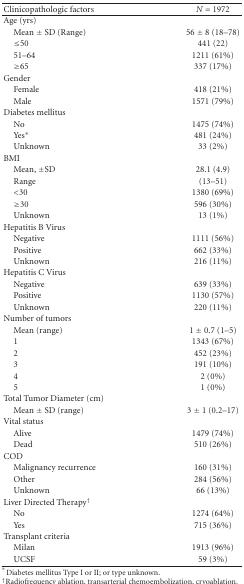
<table><thead><tr><td><b>Clinicopathologic factors</b></td><td><b><i>N</i> = 1972</b></td></tr></thead><tbody><tr><td>Age (yrs) </td><td> </td></tr><tr><td> Mean ± SD (Range) </td><td>56 ± 8 (18–78) </td></tr><tr><td> ≤50 </td><td>441 (22) </td></tr><tr><td> 51–64 </td><td>1211 (61%) </td></tr><tr><td> ≥65 </td><td>337 (17%)</td></tr><tr><td>Gender </td><td> </td></tr><tr><td> Female </td><td>418 (21%) </td></tr><tr><td> Male</td><td>1571 (79%)</td></tr><tr><td>Diabetes mellitus </td><td> </td></tr><tr><td> No </td><td>1475 (74%) </td></tr><tr><td> Yes*</td><td>481 (24%) </td></tr><tr><td> Unknown</td><td>33 (2%)</td></tr><tr><td>BMI </td><td> </td></tr><tr><td> Mean, ±SD </td><td>28.1 (4.9) </td></tr><tr><td> Range </td><td>(13–51) </td></tr><tr><td> &lt;30 </td><td>1380 (69%) </td></tr><tr><td> ≥30 </td><td>596 (30%) </td></tr><tr><td> Unknown</td><td>13 (1%)</td></tr><tr><td>Hepatitis B Virus </td><td> </td></tr><tr><td> Negative </td><td>1111 (56%) </td></tr><tr><td> Positive </td><td>662 (33%) </td></tr><tr><td> Unknown</td><td>216 (11%)</td></tr><tr><td>Hepatitis C Virus </td><td> </td></tr><tr><td> Negative </td><td>639 (33%) </td></tr><tr><td> Positive </td><td>1130 (57%) </td></tr><tr><td> Unknown</td><td>220 (11%)</td></tr><tr><td>Number of tumors </td><td> </td></tr><tr><td> Mean (range) </td><td> 1 ± 0.7 (1–5) </td></tr><tr><td> 1 </td><td>1343 (67%) </td></tr><tr><td> 2 </td><td>452 (23%) </td></tr><tr><td> 3 </td><td>191 (10%) </td></tr><tr><td> 4 </td><td>2 (0%) </td></tr><tr><td> 5</td><td>1 (0%)</td></tr><tr><td>Total Tumor Diameter (cm) </td><td> </td></tr><tr><td> Mean ± SD (range)</td><td> 3 ± 1 (0.2–17)</td></tr><tr><td>Vital status </td><td> </td></tr><tr><td> Alive </td><td>1479 (74%) </td></tr><tr><td> Dead</td><td>510 (26%)</td></tr><tr><td>COD </td><td> </td></tr><tr><td> Malignancy recurrence </td><td>160 (31%) </td></tr><tr><td> Other </td><td>284 (56%) </td></tr><tr><td> Unknown</td><td>66 (13%)</td></tr><tr><td>Liver Directed Therapy<sup>†</sup></td><td> </td></tr><tr><td> No </td><td>1274 (64%) </td></tr><tr><td> Yes </td><td>715 (36%)</td></tr><tr><td>Transplant criteria </td><td> </td></tr><tr><td> Milan </td><td>1913 (96%)</td></tr><tr><td> UCSF</td><td>59 (3%)</td></tr></tbody></table>